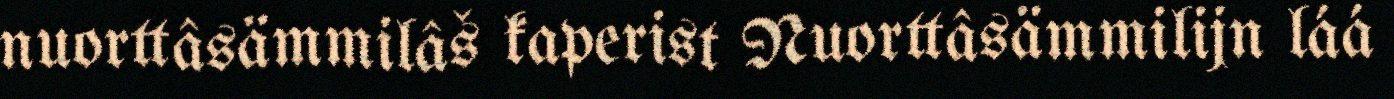
nuorttâsämmilâš kaperist Nuorttâsämmilijn láá